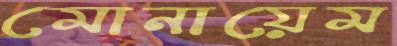
মোনায়েম